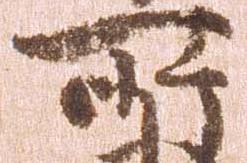
所